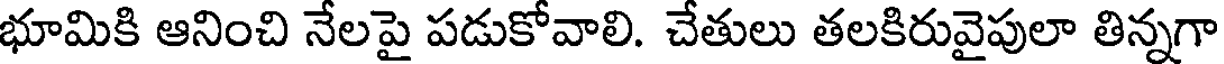
భూమికి ఆనించి నేలపై పడుకోవాలి. చేతులు తలకిరువైపులా తిన్నగా